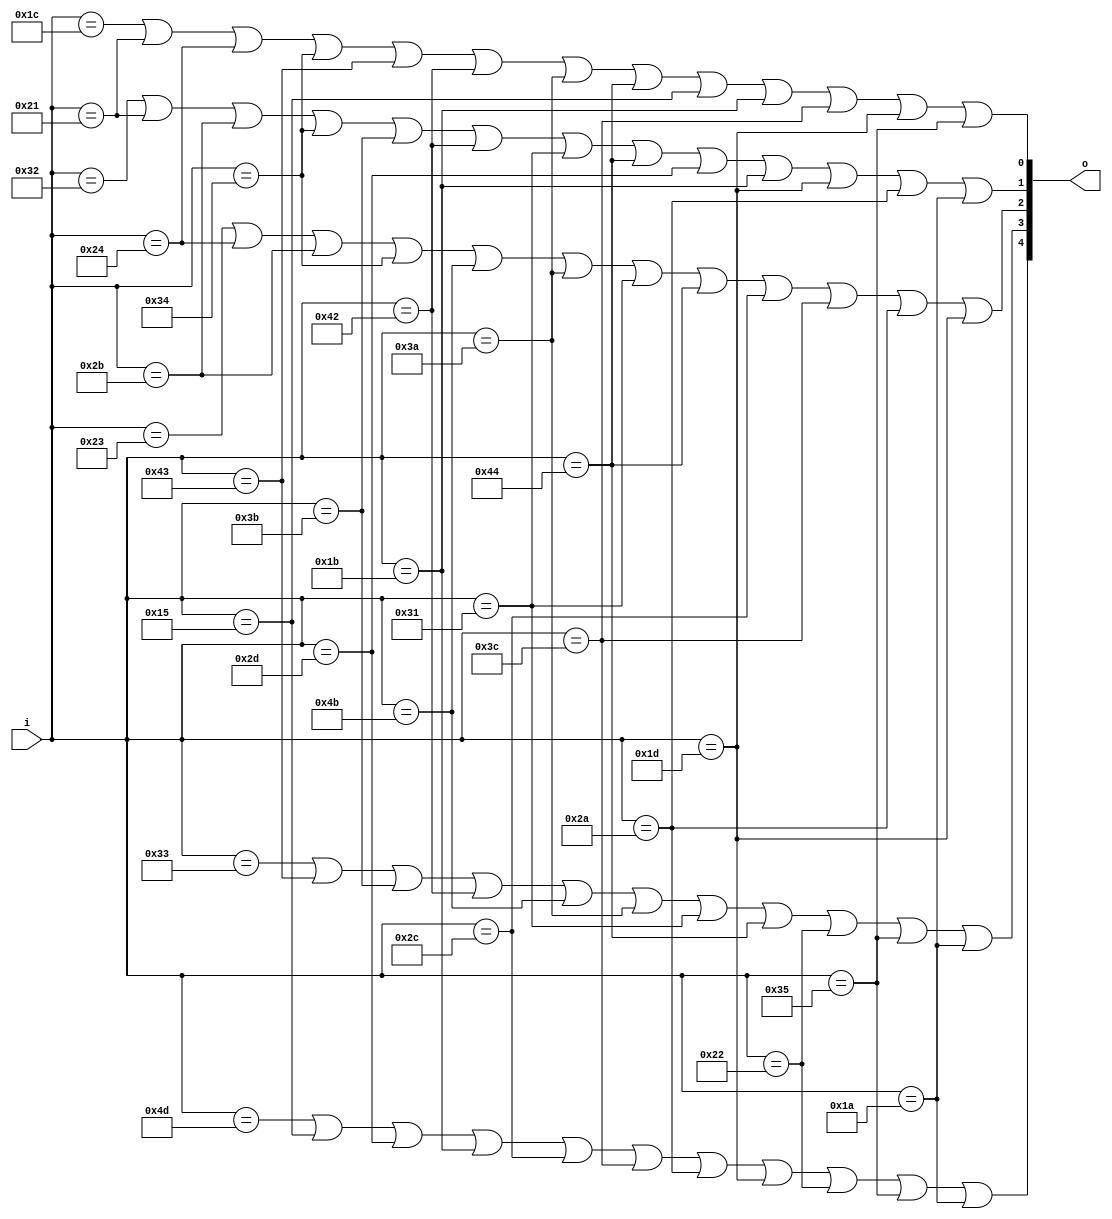
`timescale 1ns / 1ps
//////////////////////////////////////////////////////////////////////////////////
// Company: 
// Engineer: 
// 
// Design Name: 
// Module Name: bin2decimel
// Project Name: 
// Target Devices: 
// Tool Versions: 
// Description: 
// 
// Dependencies: 
// 
// Revision:
// Revision 0.01 - File Created
// Additional Comments:
// 
//////////////////////////////////////////////////////////////////////////////////


module bin2decimal(i,o);
    input [7:0] i;
    output [4:0] o;

    wire alph [26:1];

    assign alph[1] = i==8'h1c;
    assign alph[2] = i==8'h32;
    assign alph[3] = i==8'h21;
    assign alph[4] = i==8'h23;
    assign alph[5] = i==8'h24;
    assign alph[6] = i==8'h2b;
    assign alph[7] = i==8'h34;
    assign alph[8] = i==8'h33;
    assign alph[9] = i==8'h43;
    assign alph[10] = i==8'h3b;
    assign alph[11] = i==8'h42;
    assign alph[12] = i==8'h4b;
    assign alph[13] = i==8'h3a;
    assign alph[14] = i==8'h31;
    assign alph[15] = i==8'h44;
    assign alph[16] = i==8'h4d;
    assign alph[17] = i==8'h15;
    assign alph[18] = i==8'h2d;
    assign alph[19] = i==8'h1b;
    assign alph[20] = i==8'h2c;
    assign alph[21] = i==8'h3c;
    assign alph[22] = i==8'h2a;
    assign alph[23] = i==8'h1d;
    assign alph[24] = i==8'h22;
    assign alph[25] = i==8'h35;
    assign alph[26] = i==8'h1a;

    assign o[0]=alph[1]|alph[3]|alph[5]|alph[7]|alph[9]|alph[11]|alph[13]|alph[15]|alph[17]|alph[19]|alph[21]|alph[23]|alph[25];
    assign o[1]=alph[2]|alph[3]|alph[6]|alph[7]|alph[10]|alph[11]|alph[14]|alph[15]|alph[18]|alph[19]|alph[23]|alph[22]|alph[26];
    assign o[2]=alph[4]|alph[5]|alph[6]|alph[7]|alph[12]|alph[13]|alph[14]|alph[15]|alph[20]|alph[21]|alph[22]|alph[23];
    assign o[3]=alph[8]|alph[9]|alph[10]|alph[11]|alph[12]|alph[13]|alph[14]|alph[15]|alph[24]|alph[25]|alph[26];
    assign o[4]=alph[16]|alph[17]|alph[18]|alph[19]|alph[20]|alph[21]|alph[22]|alph[23]|alph[24]|alph[25]|alph[26];


endmodule